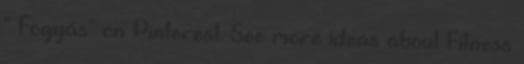
" Fogyás" on Pinterest. See more ideas about Fitness